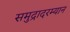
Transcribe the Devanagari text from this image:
समुद्रादरम्यान